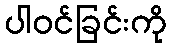
ပါဝင်ခြင်းကို